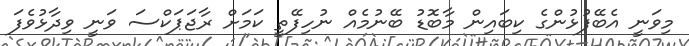
މިވަނީ އެބޭފުޅުންގެ ކިބައިން މާބޮޑު ބޭނުމެއް ނުހިފޭތީ ކަމަށް ރާޖަޕަކްސަ ވަނީ ވިދާޅުވެފަ